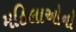
મહિલાઓનો